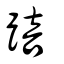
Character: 踣